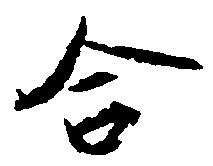
合